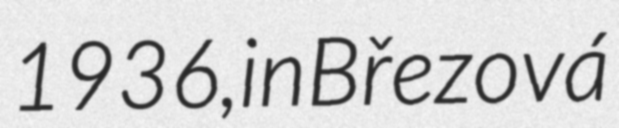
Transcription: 1936, in Březová